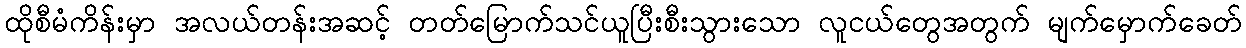
ထိုစီမံကိန်းမှာ အလယ်တန်းအဆင့် တတ်မြောက်သင်ယူပြီးစီးသွားသော လူငယ်တွေအတွက် မျက်မှောက်ခေတ်